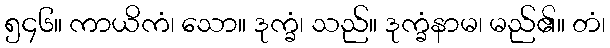
၅၄၆။ ကာယိကံ၊ သော။ ဒုက္ခံ၊ သည်။ ဒုက္ခံနာမ၊ မည်၏။ တံ၊